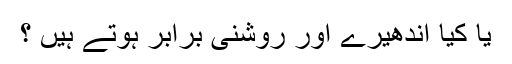
یا کیا اندھیرے اور روشنی برابر ہوتے ہیں ؟